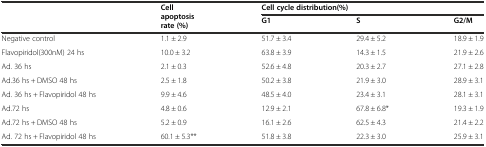
<table><thead><tr><td rowspan="2"></td><td rowspan="2"><b>Cell apoptosis rate (%)</b></td><td colspan="3"><b>Cell cycle distribution(%)</b></td></tr><tr><td><b>G1</b></td><td><b>S</b></td><td><b>G2/M</b></td></tr></thead><tbody><tr><td>Negative control</td><td>1.1 ± 2.9</td><td>51.7 ± 3.4</td><td>29.4 ± 5.2</td><td>18.9 ± 1.9</td></tr><tr><td>Flavopiridol(300nM) 24 hs</td><td>10.0 ± 3.2</td><td>63.8 ± 3.9</td><td>14.3 ± 1.5</td><td>21.9 ± 2.6</td></tr><tr><td>Ad. 36 hs</td><td>2.1 ± 0.3</td><td>52.6 ± 4.8</td><td>20.3 ± 2.7</td><td>27.1 ± 2.8</td></tr><tr><td>Ad.36 hs + DMSO 48 hs</td><td>2.5 ± 1.8</td><td>50.2 ± 3.8</td><td>21.9 ± 3.0</td><td>28.9 ± 3.1</td></tr><tr><td>Ad. 36 hs + Flavopiridol 48 hs</td><td>9.9 ± 4.6</td><td>48.5 ± 4.0</td><td>23.4 ± 3.1</td><td>28.1 ± 3.1</td></tr><tr><td>Ad.72 hs</td><td>4.8 ± 0.6</td><td>12.9 ± 2.1</td><td>67.8 ± 6.8*</td><td>19.3 ± 1.9</td></tr><tr><td>Ad.72 hs + DMSO 48 hs</td><td>5.2 ± 0.9</td><td>16.1 ± 2.6</td><td>62.5 ± 4.3</td><td>21.4 ± 2.2</td></tr><tr><td>Ad. 72 hs + Flavopiridol 48 hs</td><td>60.1 ± 5.3**</td><td>51.8 ± 3.8</td><td>22.3 ± 3.0</td><td>25.9 ± 3.1</td></tr></tbody></table>